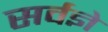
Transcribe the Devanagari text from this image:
सर्वज्ञे